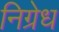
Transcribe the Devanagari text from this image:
निग्रेध